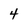
Character: 4